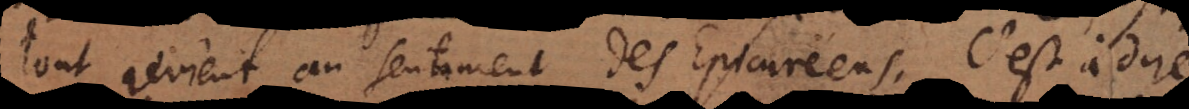
tout revient au sentiment des Epicuréens, c’est à dire